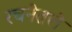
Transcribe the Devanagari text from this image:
रचनेतले